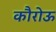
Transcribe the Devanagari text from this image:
कौरोऊ